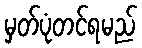
မှတ်ပုံတင်ရမည်